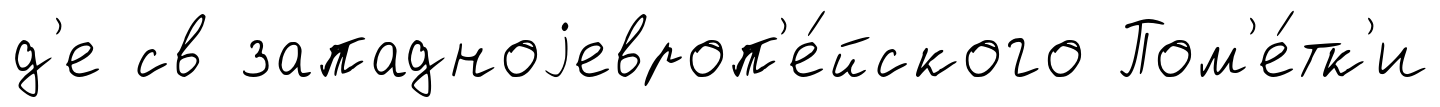
д'е св западноjевроп'е́йского Пом'е́тк'и